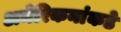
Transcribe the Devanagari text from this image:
अमेरिकनांकडे